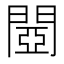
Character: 閸